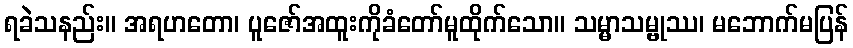
ရခဲသနည်း။ အရဟတော၊ ပူဇော်အထူးကိုခံတော်မူထိုက်သော။ သမ္မာသမ္ဗုဿ၊ မဘောက်မပြန်